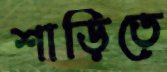
শাড়িতে